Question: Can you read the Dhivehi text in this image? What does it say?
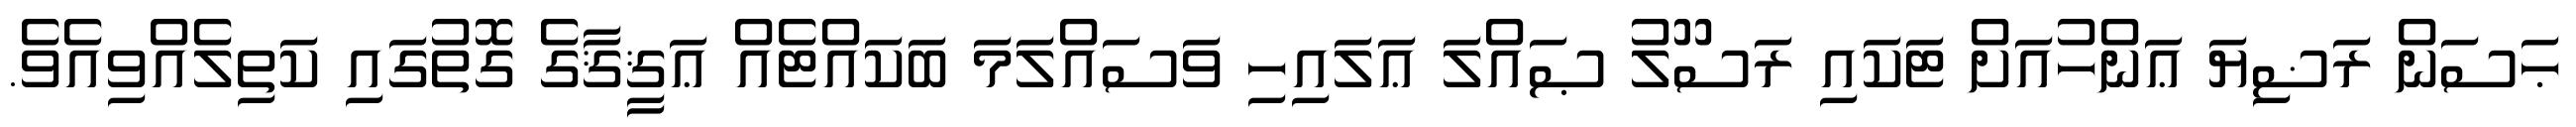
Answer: ޙަސަން ރަޟިޔަ ޢަންހުއަށް ޓަކައި ރަސޫލު ޞައްލަ ޢަލައިހި ވަސައްލަމަ ބަކައްޓެއް ޢަޤީޤާގެ ގޮތުގައި ކަތިލެއްވިއެވެ.